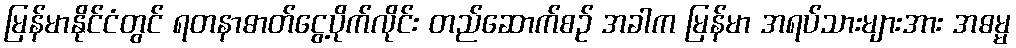
မြန်မာနိုင်ငံတွင် ရတနာဓာတ်ငွေ့ပိုက်လိုင်း တည်ဆောက်စဉ် အခါက မြန်မာ အရပ်သားများအား အဓမ္မ